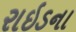
રાઇડના